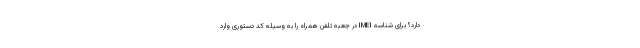
دارد؟ برای شناسه IMEI در جعبه تلفن همراه را به وسیله کد دستوری وارد